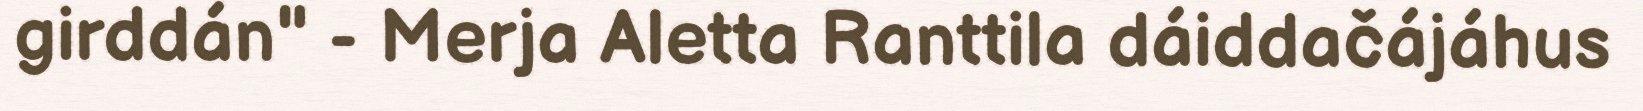
girddán" - Merja Aletta Ranttila dáiddačájáhus